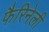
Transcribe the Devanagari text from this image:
फैरिनेली